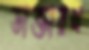
ডাক্তারখ